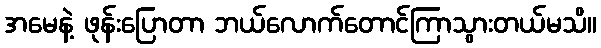
အမေနဲ့ ဖုန်းပြောတာ ဘယ်လောက်တောင်ကြာသွားတယ်မသိ။